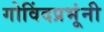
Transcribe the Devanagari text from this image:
गोविंदप्रभूंनी